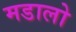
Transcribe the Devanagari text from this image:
मडालो